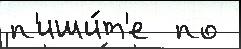
п'иши́т'е  по